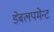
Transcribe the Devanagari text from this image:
डेबलपमेन्ट